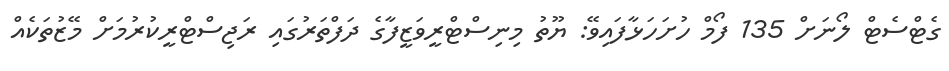
ގެޓްސެޓް ލޯނަށް 135 ފޯމް ހުށަހަޅާފައިވޭ: ޔޫތު މިނިސްޓްރީވަޒީފާގެ ދަފްތަރުގައި ރަޖިސްޓްރީކުރުމަށް މޭޒުތަކެއް